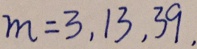
m = 3 , 1 3 , 3 9 ,